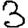
Digit: 3